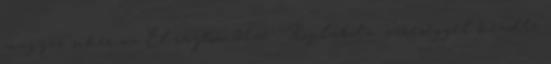
magyar siker az El-rajton 21:55 - Röplabda: vereséggel kezdte